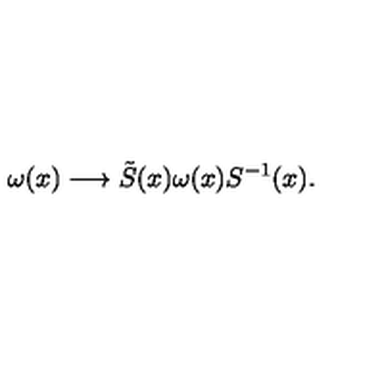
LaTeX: \omega ( x ) \longrightarrow \tilde { S } ( x ) \omega ( x ) S ^ { - 1 } ( x ) .